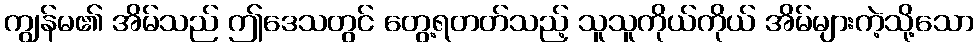
ကျွန်မ၏ အိမ်သည် ဤဒေသတွင် တွေ့ရတတ်သည့် သူသူကိုယ်ကိုယ် အိမ်များကဲ့သို့သော